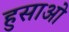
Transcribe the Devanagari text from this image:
हुसाओ